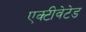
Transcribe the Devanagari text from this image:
एक्टीवेटेड